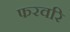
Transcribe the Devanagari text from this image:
फरवरि